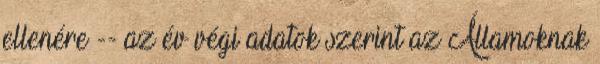
ellenére -- az év végi adatok szerint az Államoknak